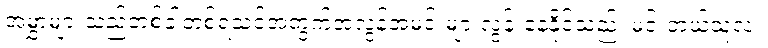
အမွှာများသည်တစ်ခါတစ်ရံသင့်အတွက်အလွန်အမင်းများလွန်းနေနိုင်သည်၊ မင်းဘယ်သူလဲ။